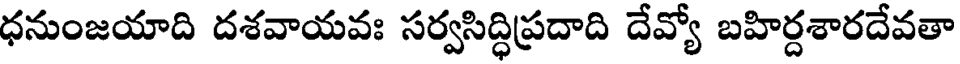
ధనుంజయాది దశవాయవః సర్వసిద్ధిప్రదాది దేవ్యో బహిర్దశారదేవతా